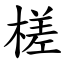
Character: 槎